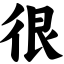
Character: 很